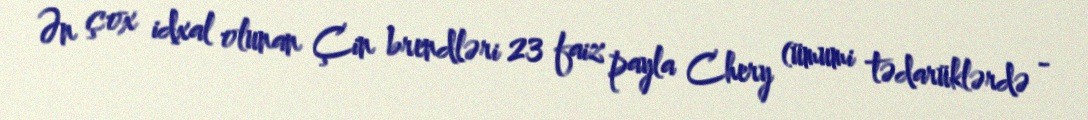
Ən çox idxal olunan Çin brendləri 23 faiz payla Chery (ümumi tədarüklərdə -